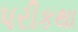
પરીકથા